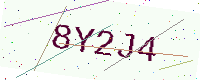
Text: 8Y2J4